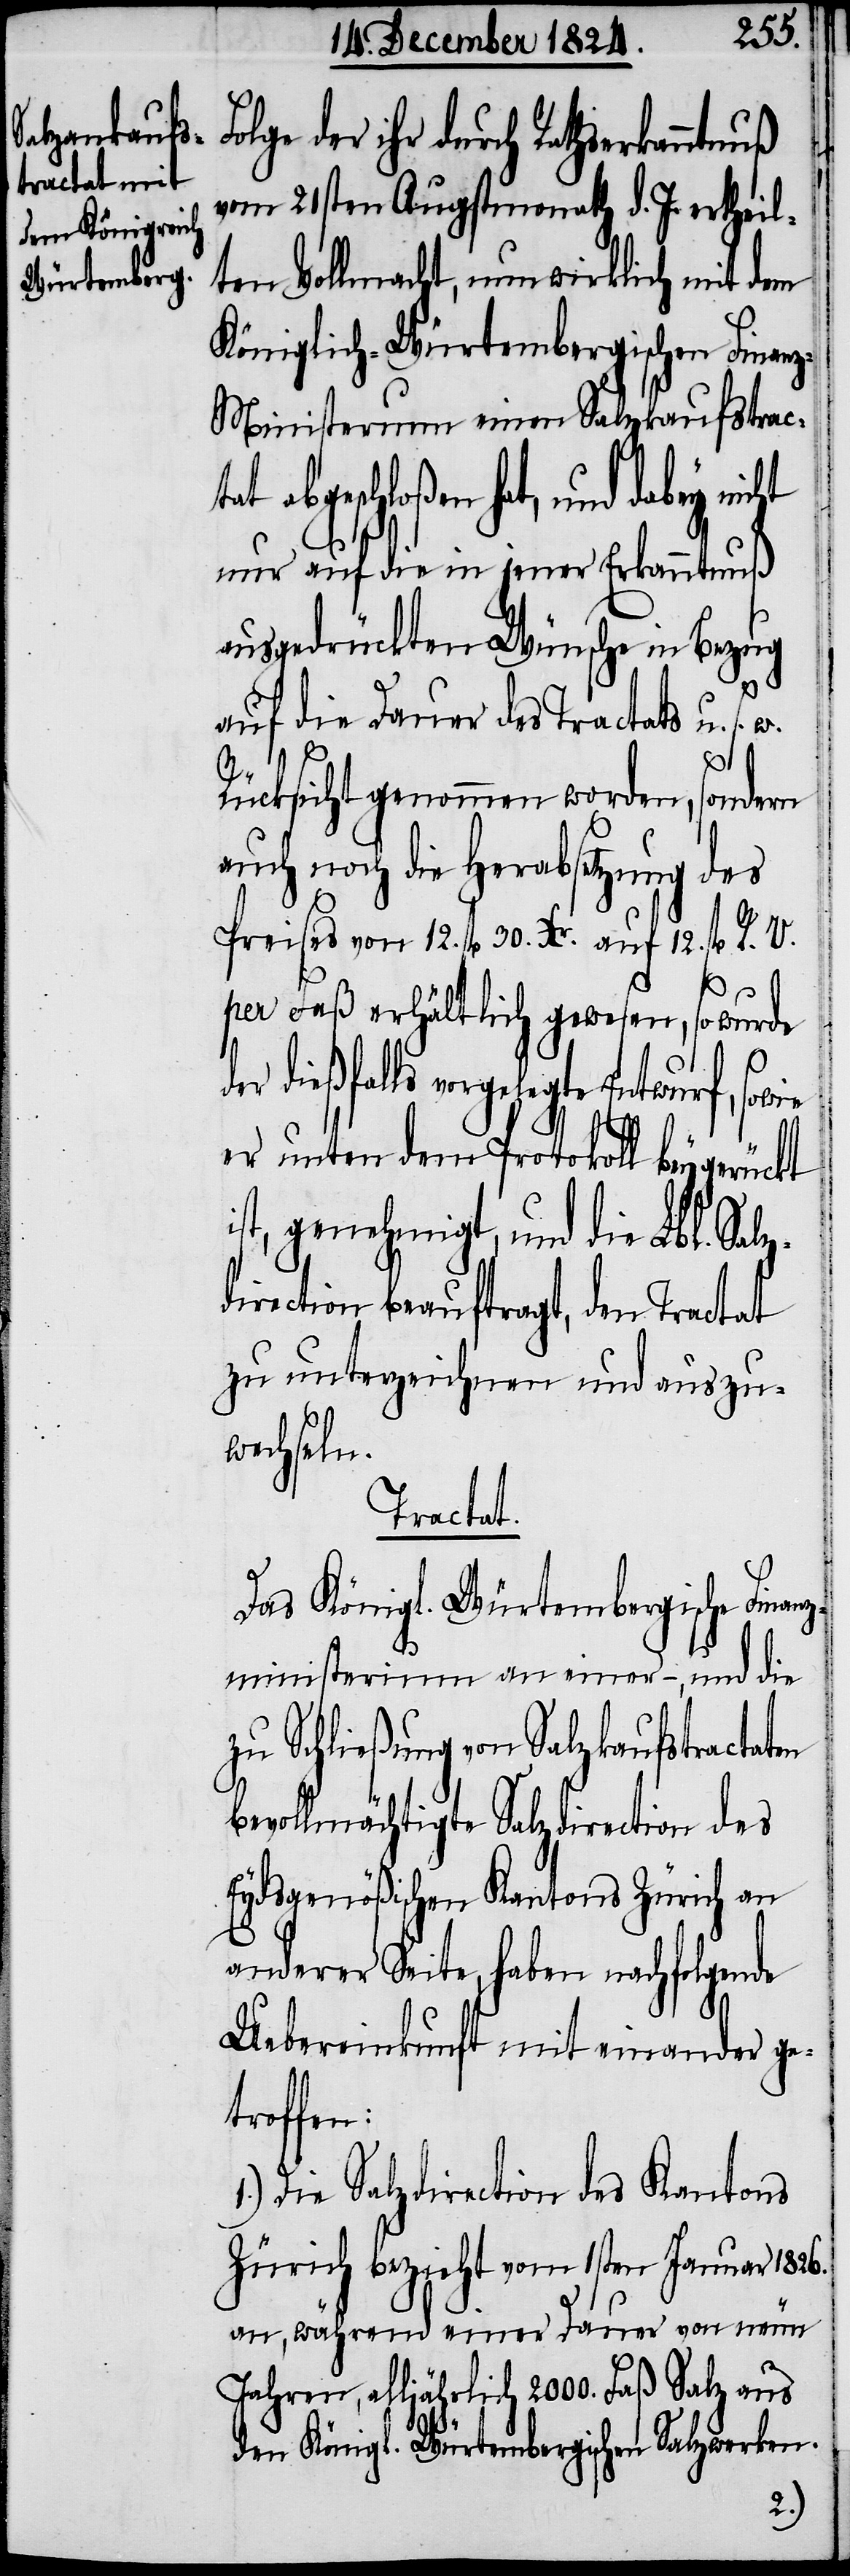
olge der ihr durch Rathserkanntn¬
vom 21sten Augstmonath d. J. ertheil¬
ten Vollmacht, nun wirklich mit dem
Königlich-Würtembergischen Finan¬
z-Ministerium einen Salzankaufstract¬
t abgeschloßen hat, und dabey
nur auf die in jener Erkanntnuß
ausgedrückten Wünsche in Bezug
auf die Dauer des Tractats u.
s.
w.
Rücksicht genommen worden, sondern
auch noch die Herabsetzung des
Preises von 12. fl. 30. Xr. auf 12. fl. R.
per Faß erhältlich gewesen, so wurde
r dießfalls vorgelegte Entwurf,
de¬
er unten dem Protokoll beygerückt
ist, genehmigt, und die Lbl. Salz¬
direction beauftragt, den Tractat
zu unterzeichnen und auszu¬
wechseln.
Tractat.
Das Königl. Würtembergische Finan¬
zministerium an einer –, und die
zu Schließung von Salzkaufstractaten
bevollmächtigte Salzdirection des
Eydsgenößischen Kantons Zürich an
anderer Seite, haben nachfolgende
Uebereinkunft mit einander ge¬
troffen:
1.) Die Salzdirection des Kantons
Zürich bezieht vom 1sten Januar 1826.
an, während einer Dauer von neun
Jahren, alljährlich 2000. Faß Salz aus
den Königl. Würtembergischen Salzwerken.